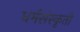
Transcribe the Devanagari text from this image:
धर्मसंस्कृती